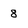
Character: 8